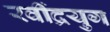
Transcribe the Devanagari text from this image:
रवींद्रयुग